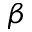
\beta